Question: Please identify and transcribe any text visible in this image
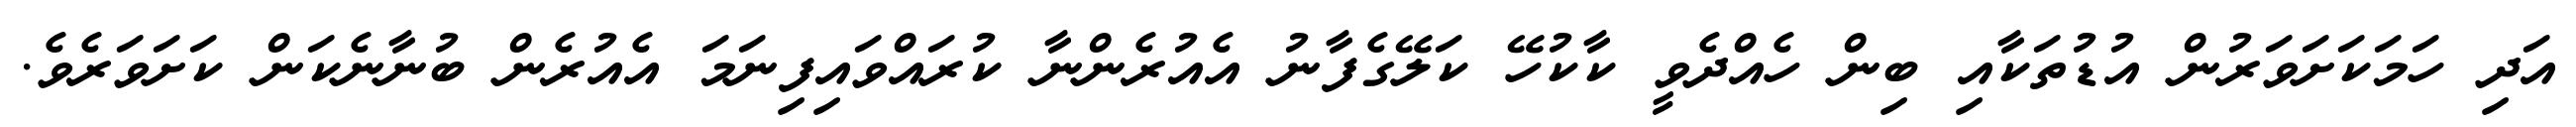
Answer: އަދި ހަމަކަށަވަރުން އުޑުތަކާއި ބިން ހެއްދެވީ ކާކުހޭ ކަލޭގެފާނު އެއުރެންނާ ކުރައްވައިފިނަމަ އެއުރެން ބުނާނެކަން ކަށަވަރެވެ.